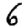
Digit: 6